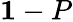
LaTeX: {\mathbf 1}-P